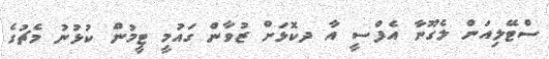
ސްޓޭލިއަން ލެގޫނާ އެފްސީ އާ ދކޮޅަށް ޒުވާން ގައުމީ ޓީމުން ކުޅުނު މެޗުގެ